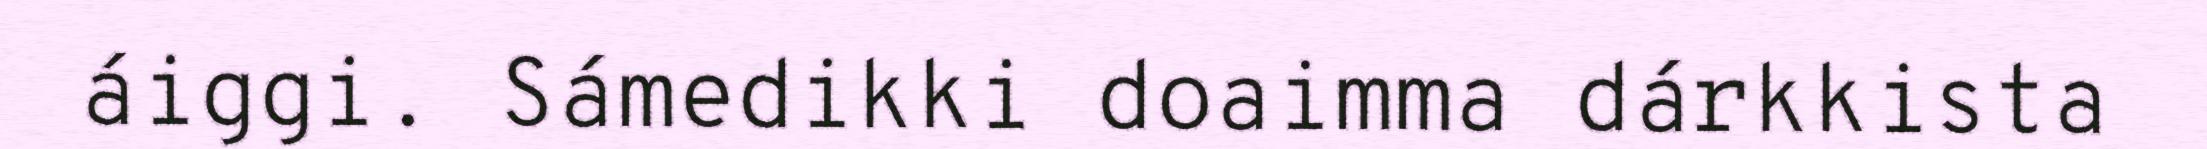
áiggi. Sámedikki doaimma dárkkista